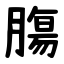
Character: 膓